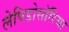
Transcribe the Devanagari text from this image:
लेपिडोसॉरिया